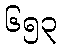
၆၅၃